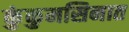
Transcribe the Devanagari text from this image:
कुंकुमसिनात